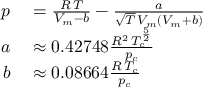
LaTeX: \begin{array} { r l } { p } & { { } = { \frac { R \, T } { V _ { m } - b } } - { \frac { a } { { \sqrt { T } } \, V _ { m } \left( V _ { m } + b \right) } } } \\ { a } & { { } \approx 0 . 4 2 7 4 8 { \frac { R ^ { 2 } \, T _ { c } ^ { \frac { 5 } { 2 } } } { p _ { c } } } } \\ { b } & { { } \approx 0 . 0 8 6 6 4 { \frac { R \, T _ { c } } { p _ { c } } } } \end{array}